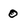
Character: 0